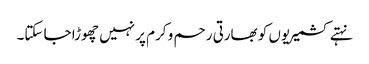
نہتے کشمیریوں کو بھارتی رحم و کرم پر نہیں چھوڑا جا سکتا۔